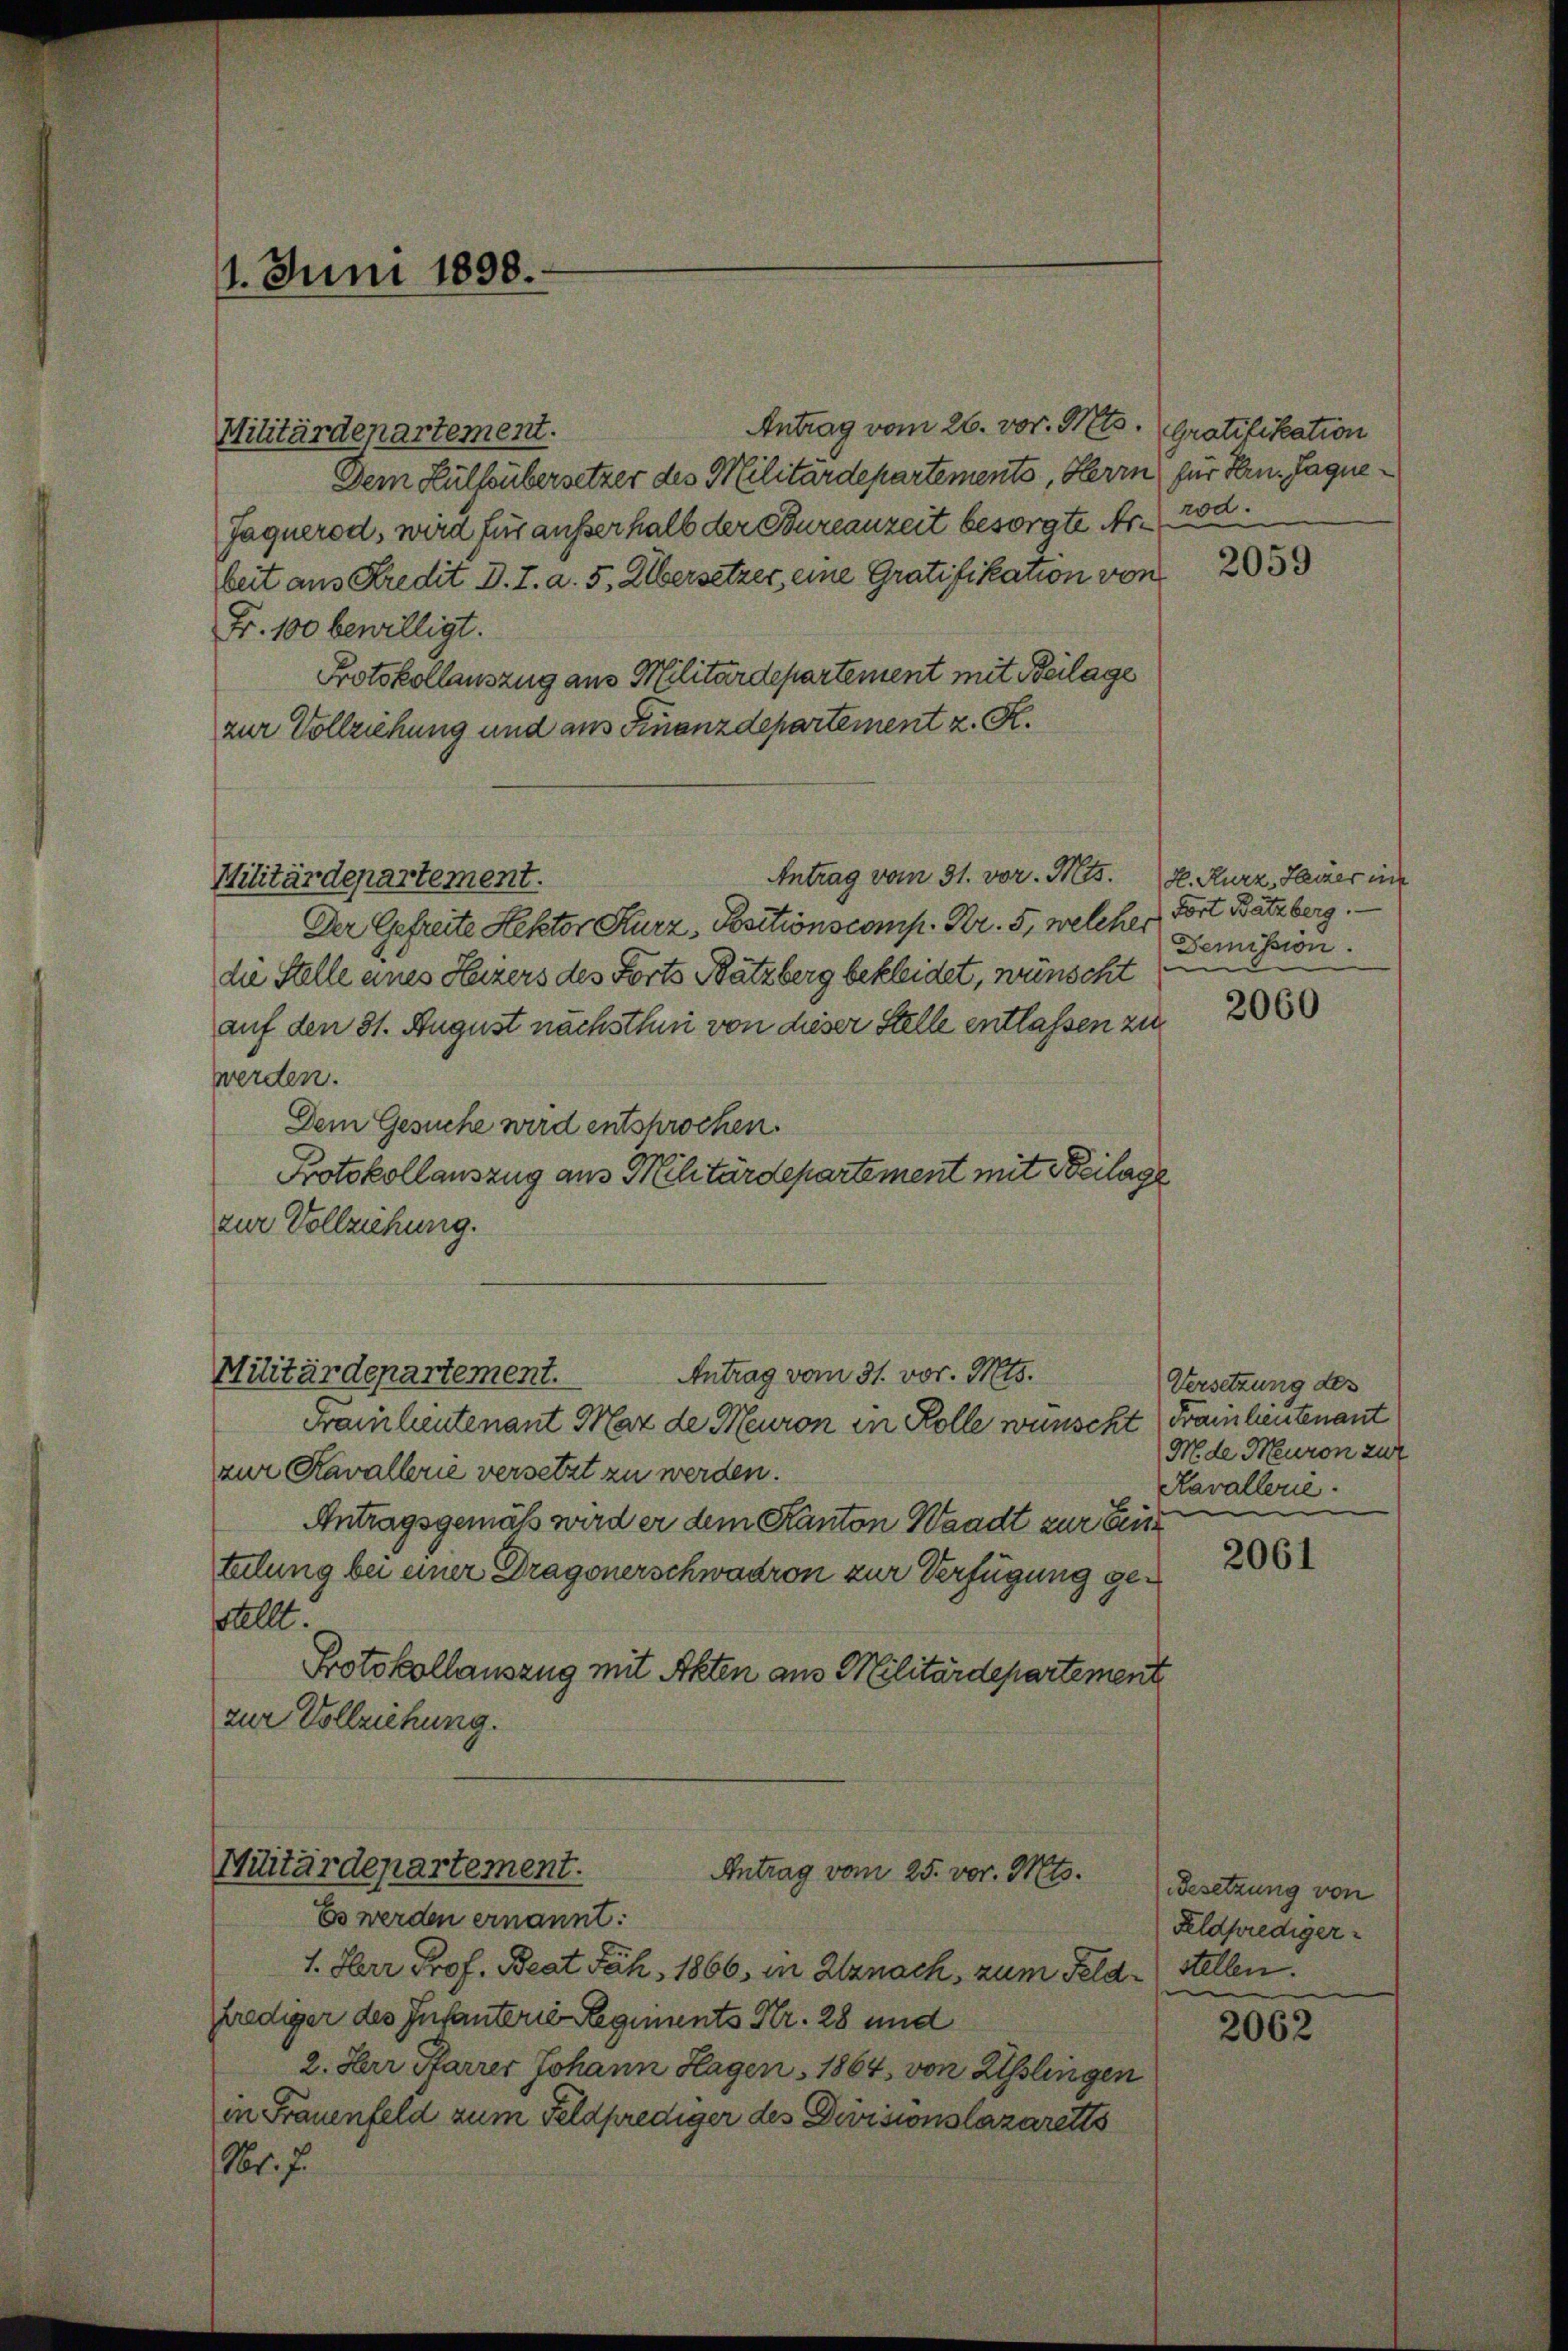
1. Juni 1898.

Militärdepartement.

Antrag vom 26. vor. Mts.
Dem Hülfsübersetzer des Militärdepartements, Herrn für Hrn. Jaque¬
Jaquerod, wird für außerhalb der Bureauzeit besorgte Nr. 2 od.
beit aus Kredit d. J. a. 5. Übersetzer, eine Gratifikanon von
Fr. 100 bewilligt.
Protokollauszug aus Militärdepartement mit Beilage
zur Vollziehung und aus Finanzdepartement z. R.
Antrag vom 31. vor. Mts. E. Kurz, Heizer in
Militärdepartement.
Der Gefreite Rektor Kurz, Positionscomp. Kr. 5, welcher Fort Batzberg.
die Stelle eines Heizers des Forts Batzberg bekleidet, wünscht
auf den 31. August nächsthin von dieser Stelle entlassen zu
werden.
Dem Gesuche wird entsprochen.
Protokollauszug aus Militärdepartement mit Beilage
zur Vollziehung.

Antrag vom 31. vor. Mts.
Militärdepartement.

Militärdepartement.
Antrag vom 25. vor. Mts.
Es werden ernannt:

1. Herr Prof. Beat Jäh, 1866, in Utznach, zum Feldfriediger des Infanterie Regiments Nr. 28 und
2. Herr Pfarrer Johann Hagen, 1864 von Esslingen
in Frauenfeld zum Feldprediger des Divisionslazaretts
Nr. 7.

Gratifikation

Franz lieutenant Max de Meuron in Rolle wünscht Frau heutenant
zur Kavallerie versetzt zu werden.
Antragsgemäß wird er dem Kanton Waadt zur Eint
telung bei einer Dragonerschwadron zur Verfügung gesallt.
Protokollauszug mit Akten aus Militärdepartement
zur Vollziehung.

2059

Demission.
m

2060

Versetzung des
M. de Meuron zur
Kavallerie.

2061

Besetzung von
Feldpredigerstellen.

2062